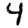
Digit: 4